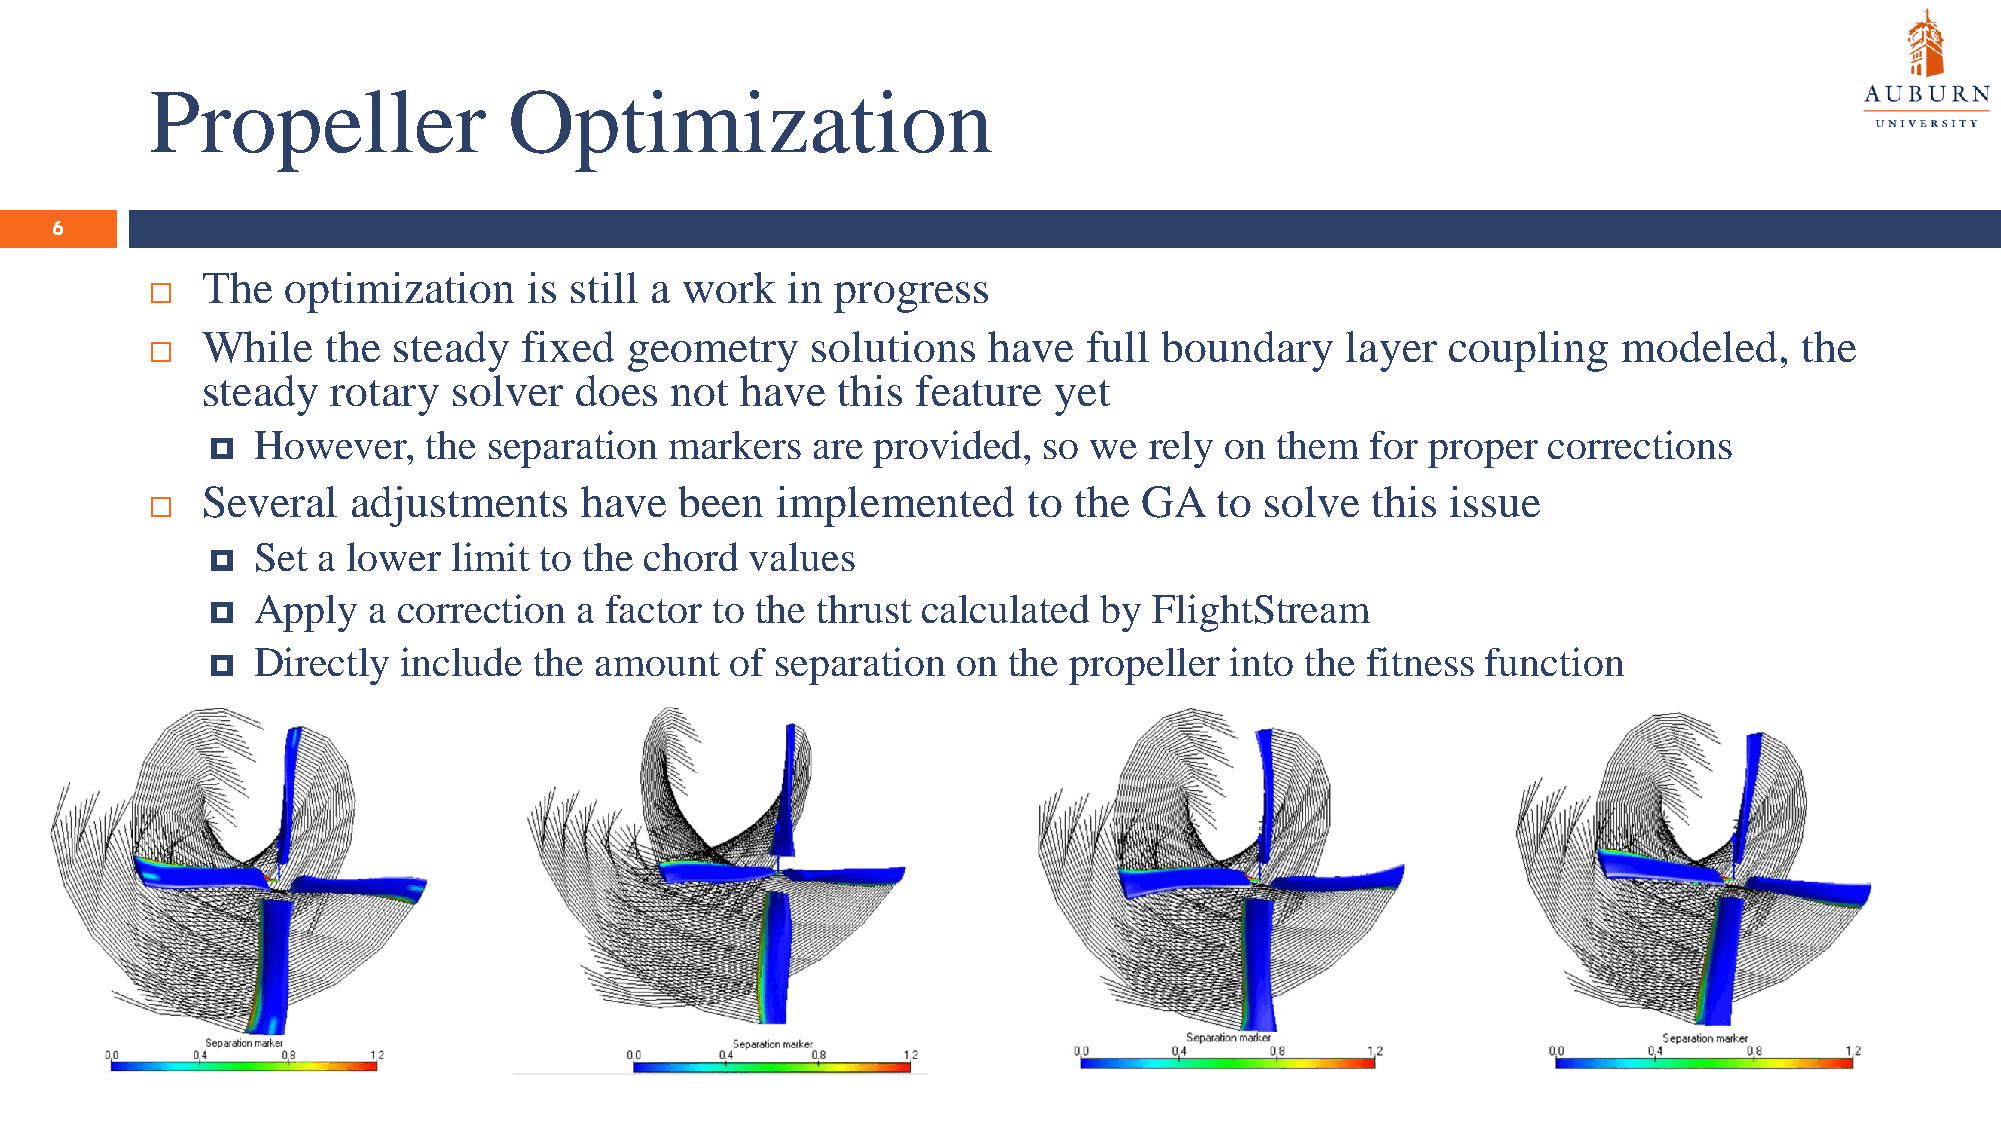
Propeller               Optimization
 6
 The   optimization    is still a work  in progress
 
 While    the steady  fixed  geometry     solutions  have   full boundary    layer  coupling   modeled,    the
 
 steady   rotary  solver  does  not  have  this  feature  yet
 However,   the separation  markers   are provided,  so we  rely on them   for proper corrections
 
 Several   adjustments    have   been  implemented      to the  GA   to solve  this issue
 
 Set a lower  limit to the chord  values
 
 Apply  a correction  a factor to the thrust calculated  by FlightStream
 
 Directly  include the amount   of separation  on  the propeller into the fitness function
 